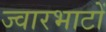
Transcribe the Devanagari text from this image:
ज्वारभाटों